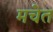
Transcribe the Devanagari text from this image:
मचेत